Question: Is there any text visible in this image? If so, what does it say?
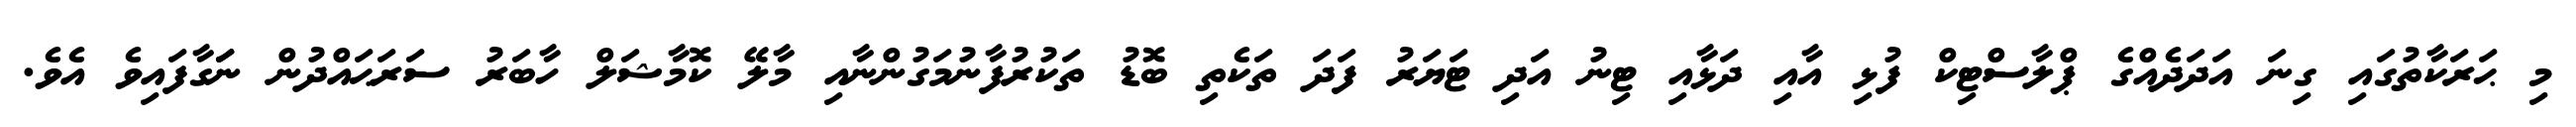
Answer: މި ޙަރަކާތުގައި ގިނަ އަދަދެއްގެ ޕްލާސްޓިކް ފުޅި އާއި ދަޅާއި ޓިނު އަދި ޓަޔަރު ފަދަ ތަކެތި ބޮޑު ތަކުރުފާނުމަގުންނާއި މާލޭ ކޮމާޝަލް ހާބަރު ސަރަޙައްދުން ނަަގާފައިވެ އެވެ.